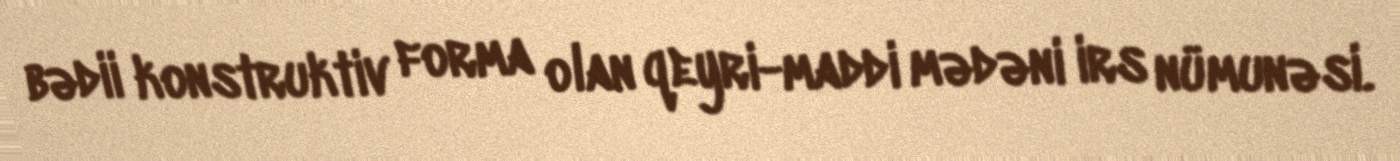
bədii konstruktiv forma olan qeyri-maddi mədəni irs nümunəsi.